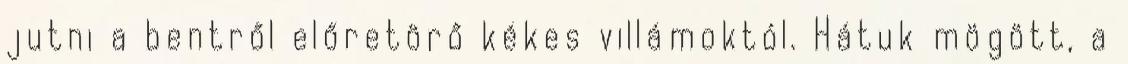
jutni a bentről előretörő kékes villámoktól. Hátuk mögött, a